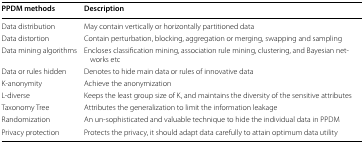
<table><thead><tr><td><b>PPDM methods</b></td><td><b>Description</b></td></tr></thead><tbody><tr><td>Data distribution</td><td>May contain vertically or horizontally partitioned data</td></tr><tr><td>Data distortion</td><td>Contain perturbation, blocking, aggregation or merging, swapping and sampling</td></tr><tr><td>Data mining algorithms</td><td>Encloses classification mining, association rule mining, clustering, and Bayesian networks etc</td></tr><tr><td>Data or rules hidden</td><td>Denotes to hide main data or rules of innovative data</td></tr><tr><td>K-anonymity</td><td>Achieve the anonymization</td></tr><tr><td>L-diverse</td><td>Keeps the least group size of K, and maintains the diversity of the sensitive attributes</td></tr><tr><td>Taxonomy Tree</td><td>Attributes the generalization to limit the information leakage</td></tr><tr><td>Randomization</td><td>An un-sophisticated and valuable technique to hide the individual data in PPDM</td></tr><tr><td>Privacy protection</td><td>Protects the privacy, it should adapt data carefully to attain optimum data utility</td></tr></tbody></table>